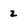
Character: 2